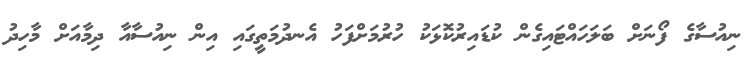
ނިއުސާގެ ފޯނަށް ބަލަހައްޓައިގެން ކުޑައިރުކޮޅަކު ހުރުމަށްފަހު އެނދުމަތީގައި އިން ނިއުސާއާ ދިމާއަށް މާހިދު